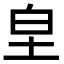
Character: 𭎊